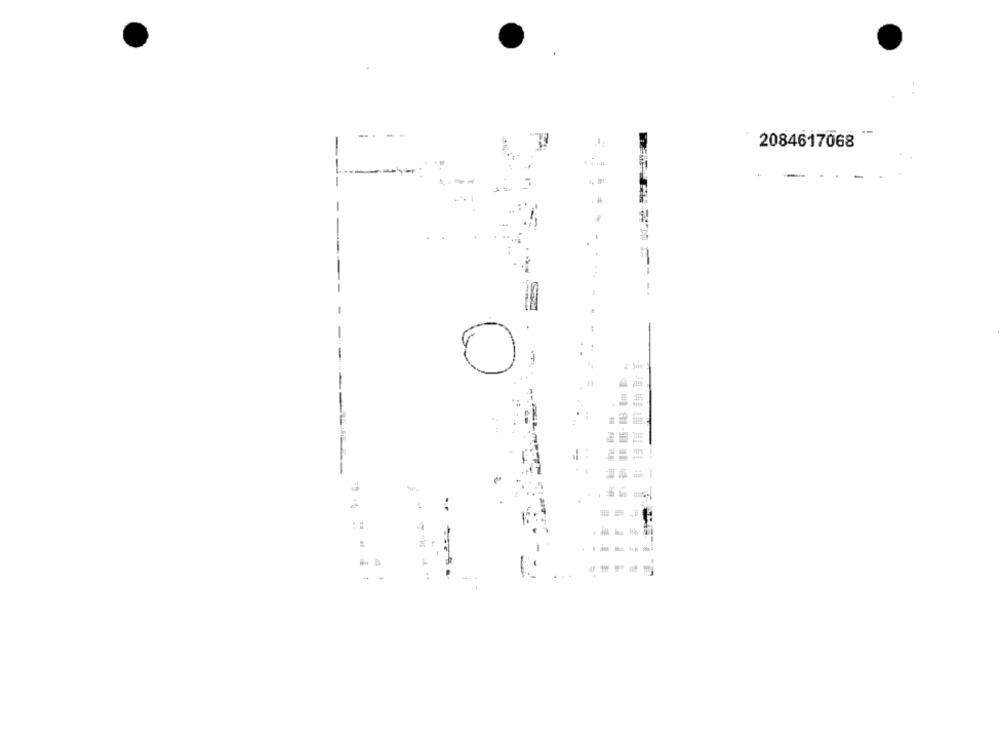
2084617068
0
..